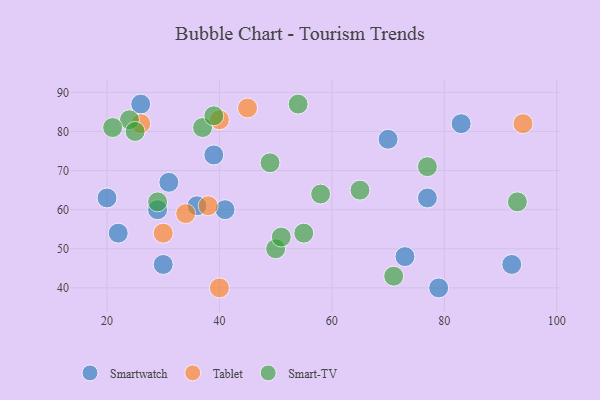
{"axis": {"x": "GDP", "y": "Life Expectancy"}, "legend": ["Smart-TV", "Smartwatch", "Tablet"], "data": [{"x": "73", "y": 48, "type": "Smartwatch"}, {"x": "30", "y": 46, "type": "Smartwatch"}, {"x": "31", "y": 67, "type": "Smartwatch"}, {"x": "26", "y": 87, "type": "Smartwatch"}, {"x": "77", "y": 63, "type": "Smartwatch"}, {"x": "22", "y": 54, "type": "Smartwatch"}, {"x": "79", "y": 40, "type": "Smartwatch"}, {"x": "83", "y": 82, "type": "Smartwatch"}, {"x": "20", "y": 63, "type": "Smartwatch"}, {"x": "36", "y": 61, "type": "Smartwatch"}, {"x": "39", "y": 74, "type": "Smartwatch"}, {"x": "70", "y": 78, "type": "Smartwatch"}, {"x": "92", "y": 46, "type": "Smartwatch"}, {"x": "29", "y": 60, "type": "Smartwatch"}, {"x": "41", "y": 60, "type": "Smartwatch"}, {"x": "94", "y": 82, "type": "Tablet"}, {"x": "30", "y": 54, "type": "Tablet"}, {"x": "40", "y": 83, "type": "Tablet"}, {"x": "45", "y": 86, "type": "Tablet"}, {"x": "38", "y": 61, "type": "Tablet"}, {"x": "34", "y": 59, "type": "Tablet"}, {"x": "26", "y": 82, "type": "Tablet"}, {"x": "40", "y": 40, "type": "Tablet"}, {"x": "50", "y": 50, "type": "Smart-TV"}, {"x": "55", "y": 54, "type": "Smart-TV"}, {"x": "24", "y": 83, "type": "Smart-TV"}, {"x": "37", "y": 81, "type": "Smart-TV"}, {"x": "39", "y": 84, "type": "Smart-TV"}, {"x": "71", "y": 43, "type": "Smart-TV"}, {"x": "77", "y": 71, "type": "Smart-TV"}, {"x": "93", "y": 62, "type": "Smart-TV"}, {"x": "25", "y": 80, "type": "Smart-TV"}, {"x": "49", "y": 72, "type": "Smart-TV"}, {"x": "21", "y": 81, "type": "Smart-TV"}, {"x": "65", "y": 65, "type": "Smart-TV"}, {"x": "29", "y": 62, "type": "Smart-TV"}, {"x": "51", "y": 53, "type": "Smart-TV"}, {"x": "58", "y": 64, "type": "Smart-TV"}, {"x": "54", "y": 87, "type": "Smart-TV"}]}